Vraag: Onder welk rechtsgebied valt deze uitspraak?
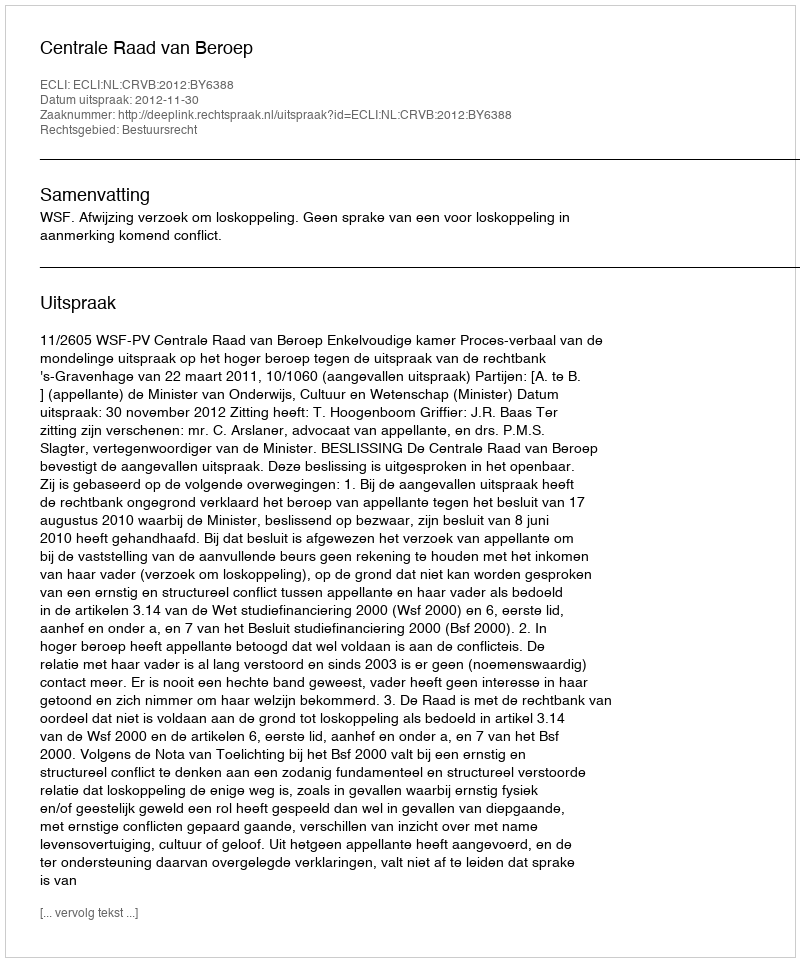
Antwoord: Bestuursrecht